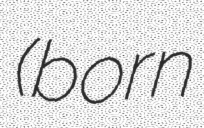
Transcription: (born